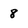
Character: 8